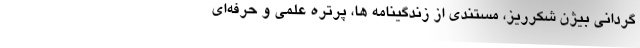
گردانی بیژن شکرریز، مستندی از زندگینامه ها، پرتره علمی و حرفه‌ای